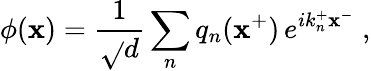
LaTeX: \phi\! \left(\mathbf{x}\right)={\frac{{1}}{{\sqrt{}{d}}}}\sum_{n}q_{n}(\mathbf{x}^{+})\, e^{ik_{n}^{+}\mathbf{x}^{-}}\; ,